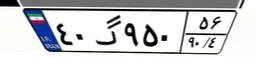
۴۰گ۹۵۰۵۶